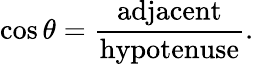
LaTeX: \cos\theta={\frac{\mathrm{adjacent}}{\mathrm{hypotenuse}}}.